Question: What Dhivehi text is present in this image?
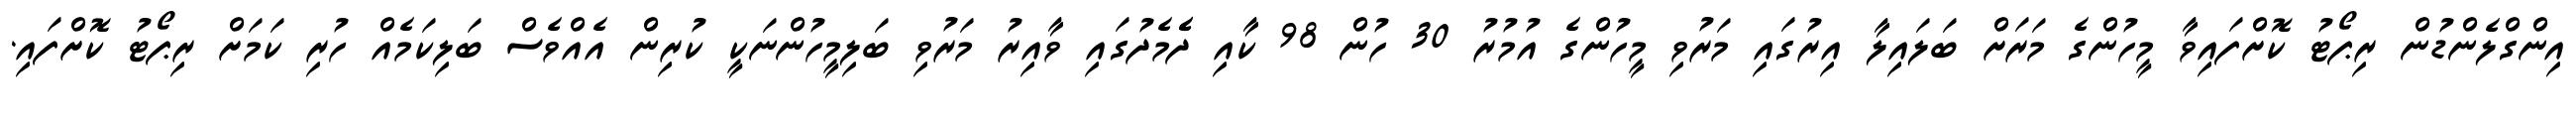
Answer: އިންގްލެންޑުން ރިޕޯޓު ކޮށްފައިވާ މީހުންގެ މަރަށް ބަލައިލާ އިރުގައި މަރުވި މީހުންގެ އުމުރު 30 ހުން 98 ކާއި ދެެމެދުގައި ވާއިރު މަރުވި ބަލިމީހުންނަކީ ކުރިން އެއްވެސް ބަލިކަމެއް ހުރި ކަމަށް ރިޕޯޓު ކޮށްފައި.